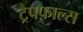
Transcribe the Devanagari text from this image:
ट्रैपफ़ाल्स